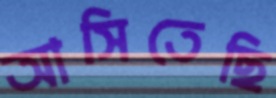
আসিতেছি